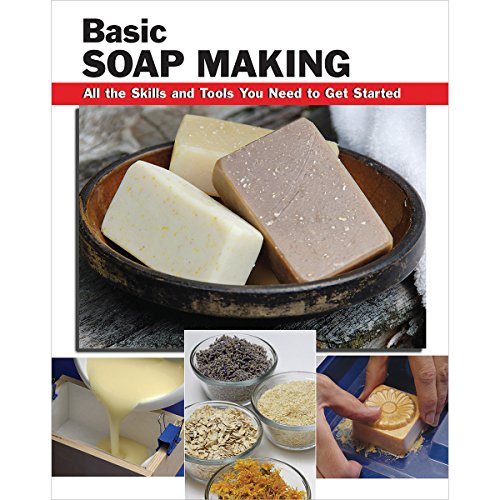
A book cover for Basic Soap Making: All the Skills and Tools You Need to Get Started (How To Basics); Elizabeth Letcavage; Crafts, Hobbies & Home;